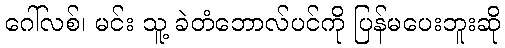
ဂေါ်လစ်၊ မင်း သူ့ ခဲတံဘောလ်ပင်ကို ပြန်မပေးဘူးဆို